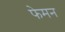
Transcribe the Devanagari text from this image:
फेमन